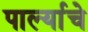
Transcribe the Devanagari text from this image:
पार्ल्याचे